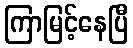
ကြာမြင့်နေပြီ